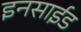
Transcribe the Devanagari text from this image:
इनसाईड